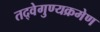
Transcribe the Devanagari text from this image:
तद्वेगुण्यक्रमेण